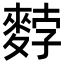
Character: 𪌰